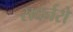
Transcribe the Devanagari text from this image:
सदर्नरों